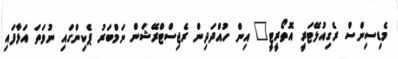
މެޑިސިންސް ރެގިއުލޭޓަރީ އޮތޯރީޓީ" އިން ހުއްދަދިން ރެޖިސްޓްރޭޝަން ނަމްބަރު ޕެކިންގައި ނުވަތަ އަޅާފައި